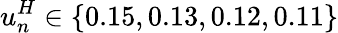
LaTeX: u_{n}^{H}\in\{ 0.15,0.13,0.12,0.11\}